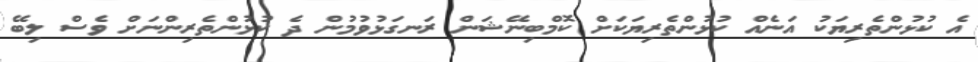
އެ ކުޅުންތެރިޔަކު އަނެއް ކުޅުންތެރިޔަކަށް ކޮމްބިނޭޝަން ރަނގަޅުވުމުން ދެ ކުޅުންތެރިންނަށް ވެސް ލިބޭ